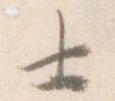
士